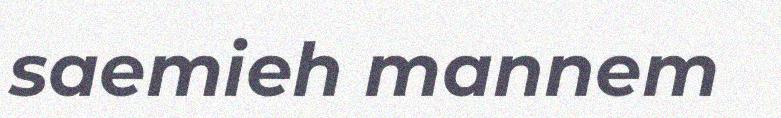
saemieh mannem